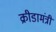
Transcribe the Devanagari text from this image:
क्रीडामंत्री